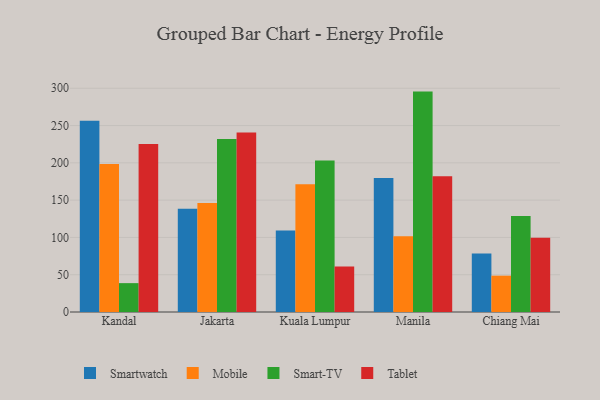
{"axis": {"x": "City", "y": "Bounce Rate (%)"}, "legend": ["Mobile", "Smart-TV", "Smartwatch", "Tablet"], "data": [{"x": "Kandal", "y": 256.4, "type": "Smartwatch"}, {"x": "Kandal", "y": 198.5, "type": "Mobile"}, {"x": "Kandal", "y": 38.7, "type": "Smart-TV"}, {"x": "Kandal", "y": 225.4, "type": "Tablet"}, {"x": "Jakarta", "y": 138.4, "type": "Smartwatch"}, {"x": "Jakarta", "y": 146.2, "type": "Mobile"}, {"x": "Jakarta", "y": 232.1, "type": "Smart-TV"}, {"x": "Jakarta", "y": 240.6, "type": "Tablet"}, {"x": "Kuala Lumpur", "y": 109.2, "type": "Smartwatch"}, {"x": "Kuala Lumpur", "y": 171.3, "type": "Mobile"}, {"x": "Kuala Lumpur", "y": 203.2, "type": "Smart-TV"}, {"x": "Kuala Lumpur", "y": 61.1, "type": "Tablet"}, {"x": "Manila", "y": 179.5, "type": "Smartwatch"}, {"x": "Manila", "y": 101.5, "type": "Mobile"}, {"x": "Manila", "y": 295.5, "type": "Smart-TV"}, {"x": "Manila", "y": 181.9, "type": "Tablet"}, {"x": "Chiang Mai", "y": 78.3, "type": "Smartwatch"}, {"x": "Chiang Mai", "y": 48.7, "type": "Mobile"}, {"x": "Chiang Mai", "y": 128.6, "type": "Smart-TV"}, {"x": "Chiang Mai", "y": 99.6, "type": "Tablet"}]}